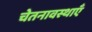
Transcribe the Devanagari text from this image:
चेतनावस्थाएँ